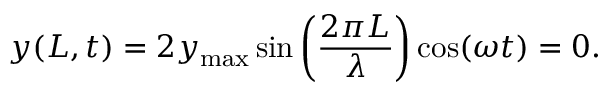
y ( L , t ) = 2 y _ { \mathrm { m a x } } \sin \left( { \frac { 2 \pi L } { \lambda } } \right) \cos ( \omega t ) = 0 .